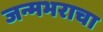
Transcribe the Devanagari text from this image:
जन्मभराचा